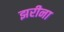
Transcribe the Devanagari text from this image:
झरीना